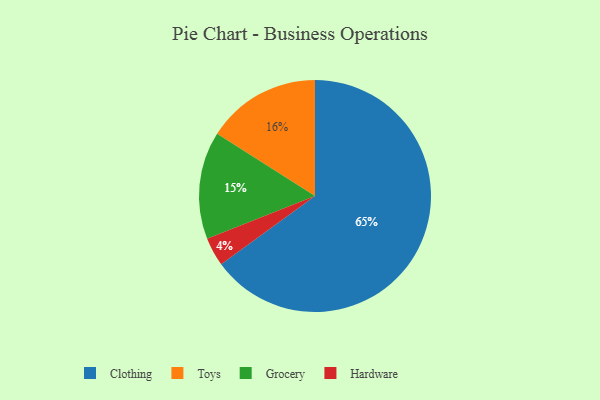
{"axis": {"x": "Category", "y": "Percentage"}, "legend": ["Clothing", "Grocery", "Hardware", "Toys"], "data": [{"x": "Hardware", "y": 4, "type": "Hardware"}, {"x": "Grocery", "y": 15, "type": "Grocery"}, {"x": "Clothing", "y": 65, "type": "Clothing"}, {"x": "Toys", "y": 16, "type": "Toys"}]}